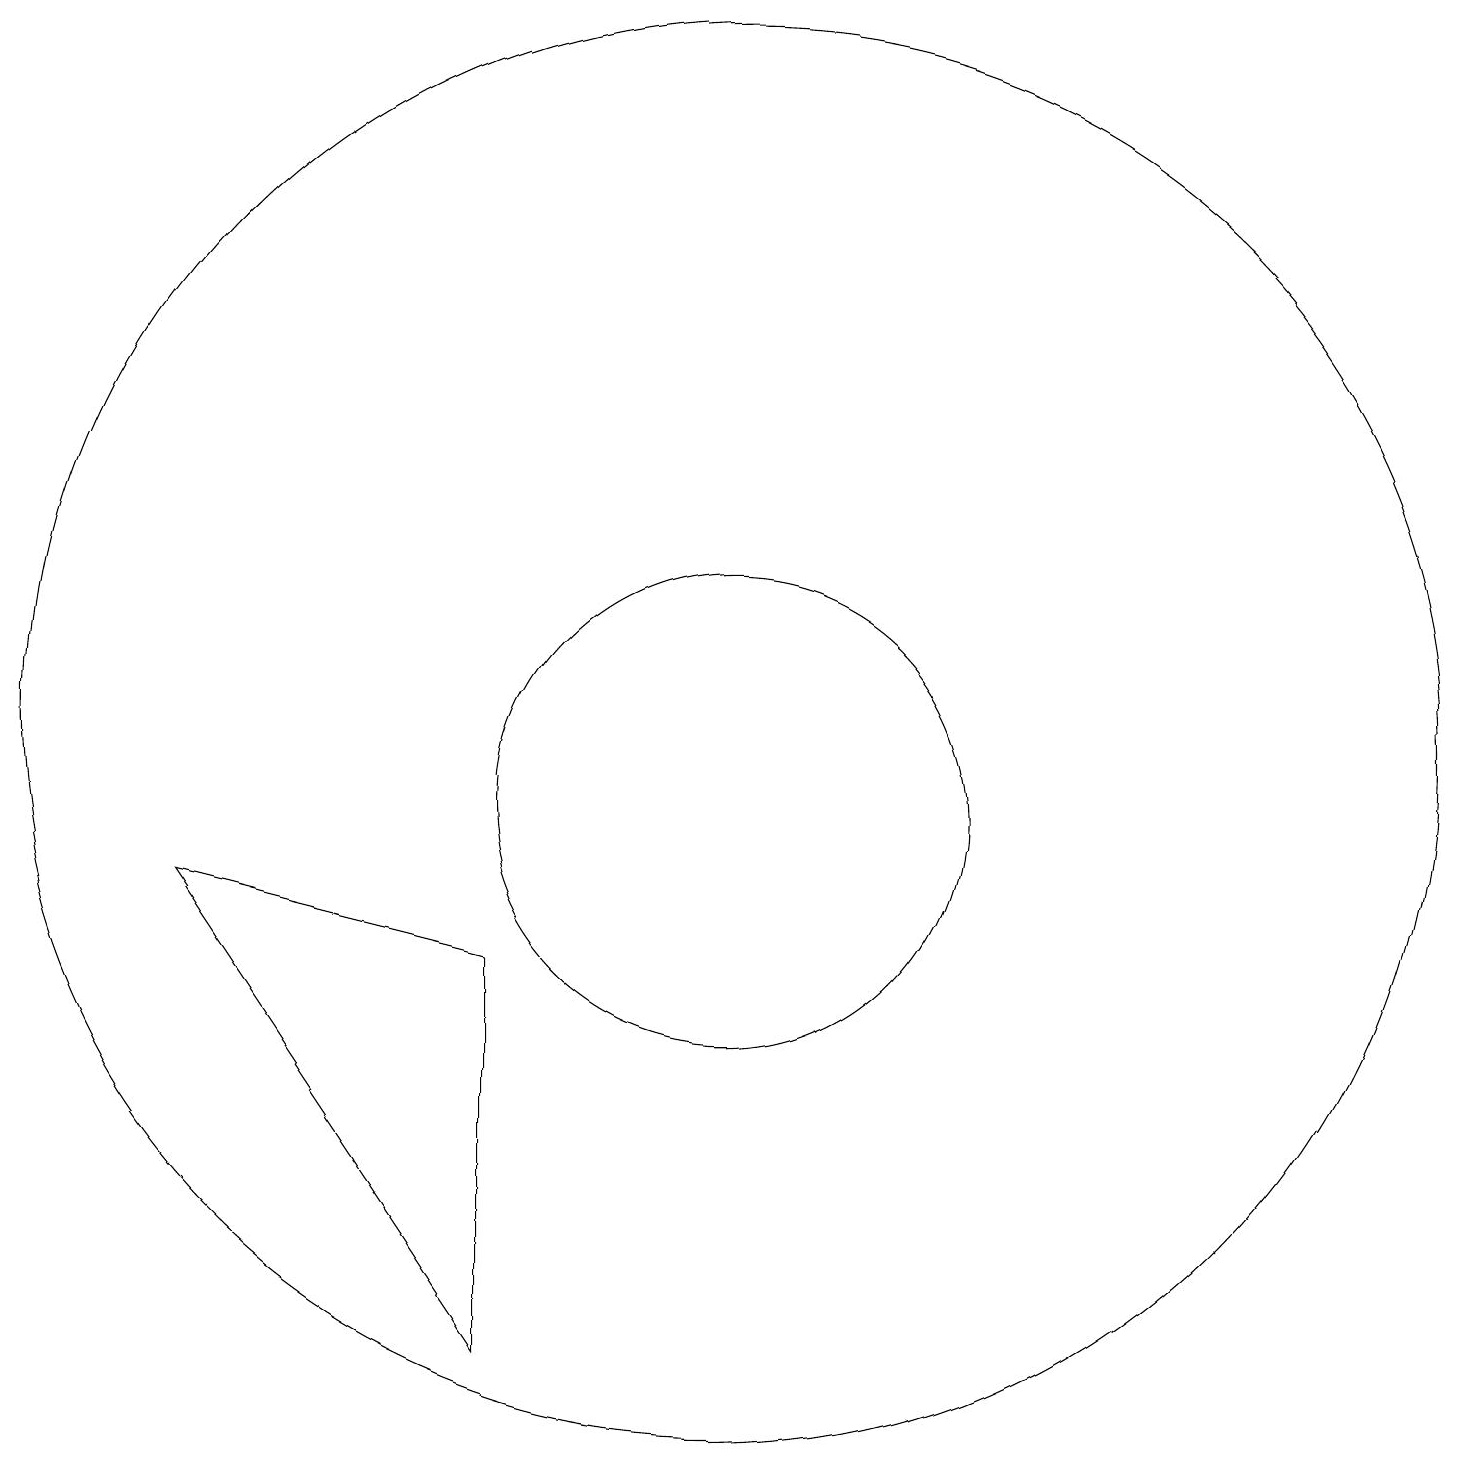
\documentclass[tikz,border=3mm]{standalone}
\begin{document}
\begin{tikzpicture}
\draw (11,11) circle (9);
\draw (4,9) -- (8,8) -- (8,3) -- cycle;
\draw (11,10) circle (3);
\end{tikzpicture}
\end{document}